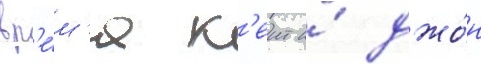
вр'е́м'я к'еит и́ джо́н